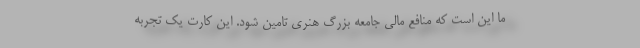
ما این است که منافع مالی جامعه بزرگ هنری تامین شود. این کارت یک تجربه